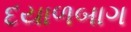
દયાળબાગ